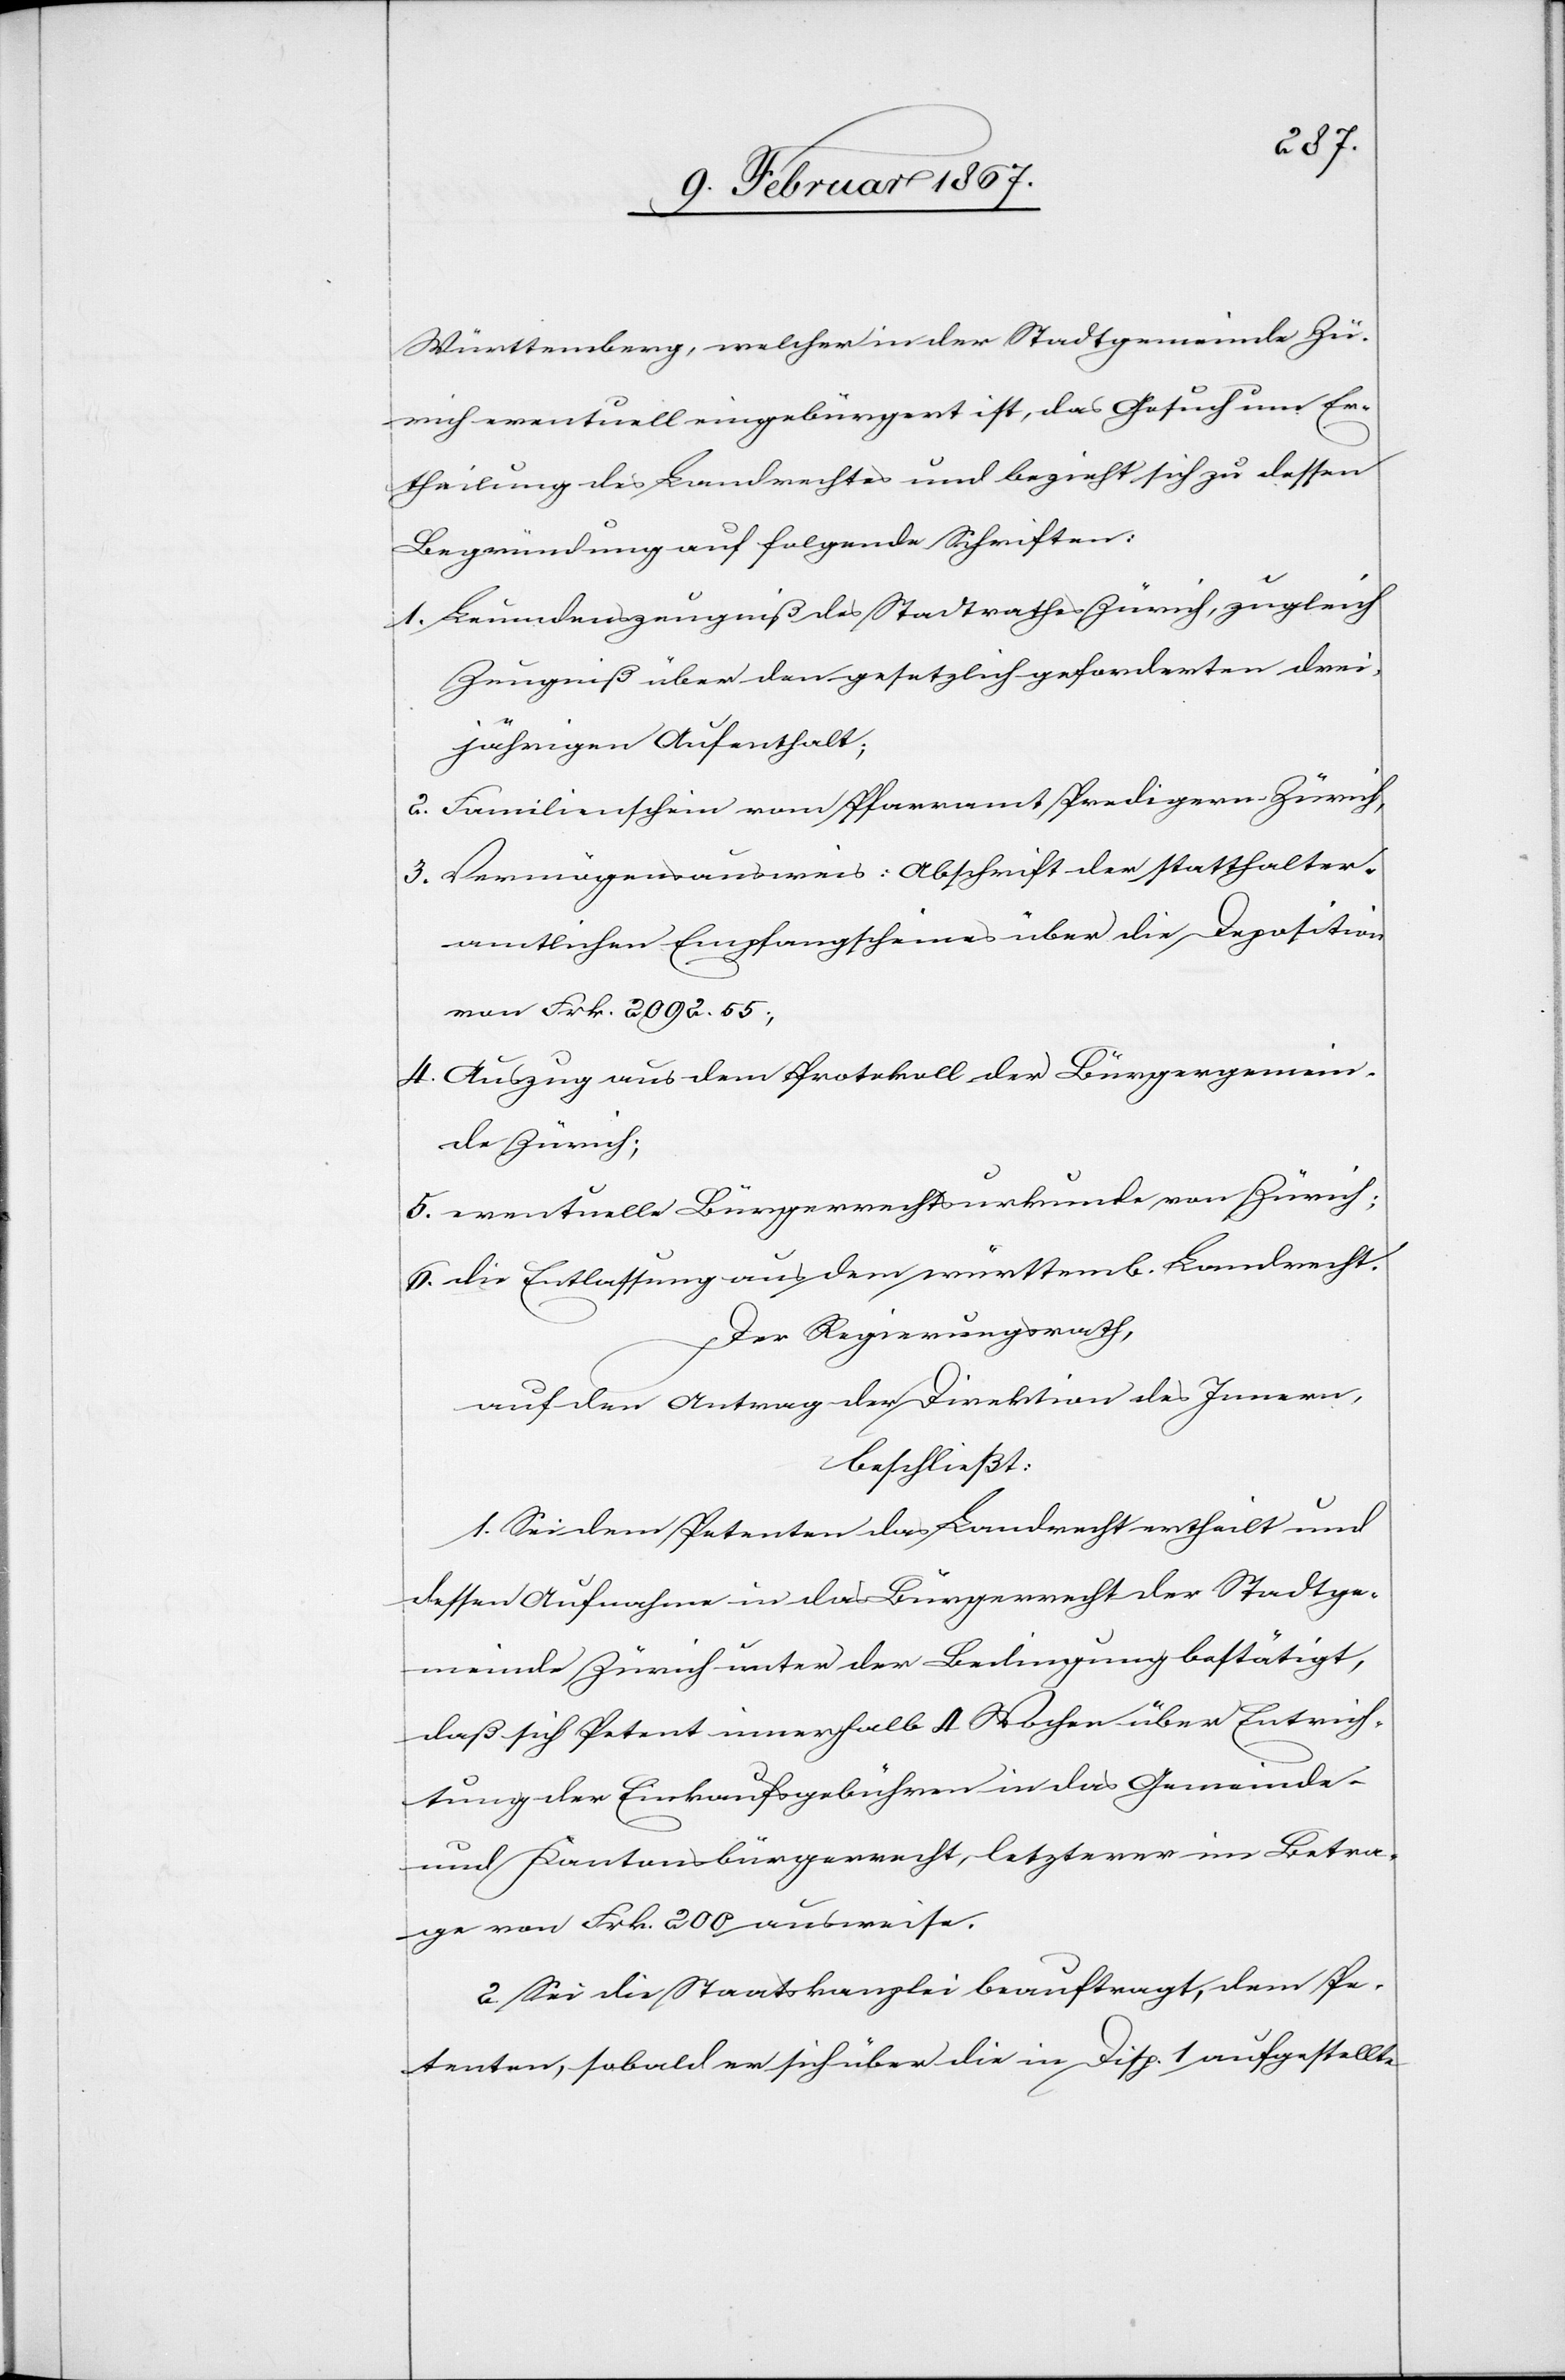
Württemberg, welcher in der Stadtgemeinde Zü¬
rich eventuell eingebürgert ist, das Gesuch um Er¬
theilung des Landrechtes und bezieht sich zu dessen
Begründung auf folgende Schriften:
1. 	Leumdenszeugniß des Stadtrathes Zürich, zugleich
Zeugniß über den gesetzlich geforderten drei¬
jährigen Aufenthalt;
2. 	Familienschein vom Pfarramt Predigern-Zürich,
3.	Vermögensausweis: Abschrift der [sic!] statthalter¬
amtlichen Empfangscheines über die Deposition
von Frk. 2092.55,
4. 	Auszug aus dem Protokoll der Bürgergemein¬
de Zürich;
5. 	eventuelle Bürgerrechtsurkunde von Zürich;
6. 	die Entlassung aus dem württemb. Landrecht.
Der Regierungsrath,
auf den Antrag der Direktion des Innern,
beschließt:
1. Sei dem Petenten das Landrecht ertheilt und
dessen Aufnahme in das Bürgerrecht der Stadtge¬
meinde Zürich unter der Bedingung bestätigt,
daß sich Petent innerhalb 4 Wochen über Entrich¬
tung der Einkaufsgebühren in das Gemeinde-
und Kantonsbürgerrecht, letzterer im Betra¬
ge von Frk. 200 ausweise.
2. Sei die Staatskanzlei beauftragt, dem Pe¬
tenten, sobald er sich über die in Disp. 1 aufgestellte